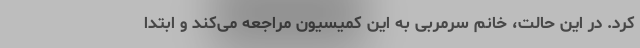
کرد. در این حالت، خانم سرمربی به این کمیسیون مراجعه می‌کند و ابتدا